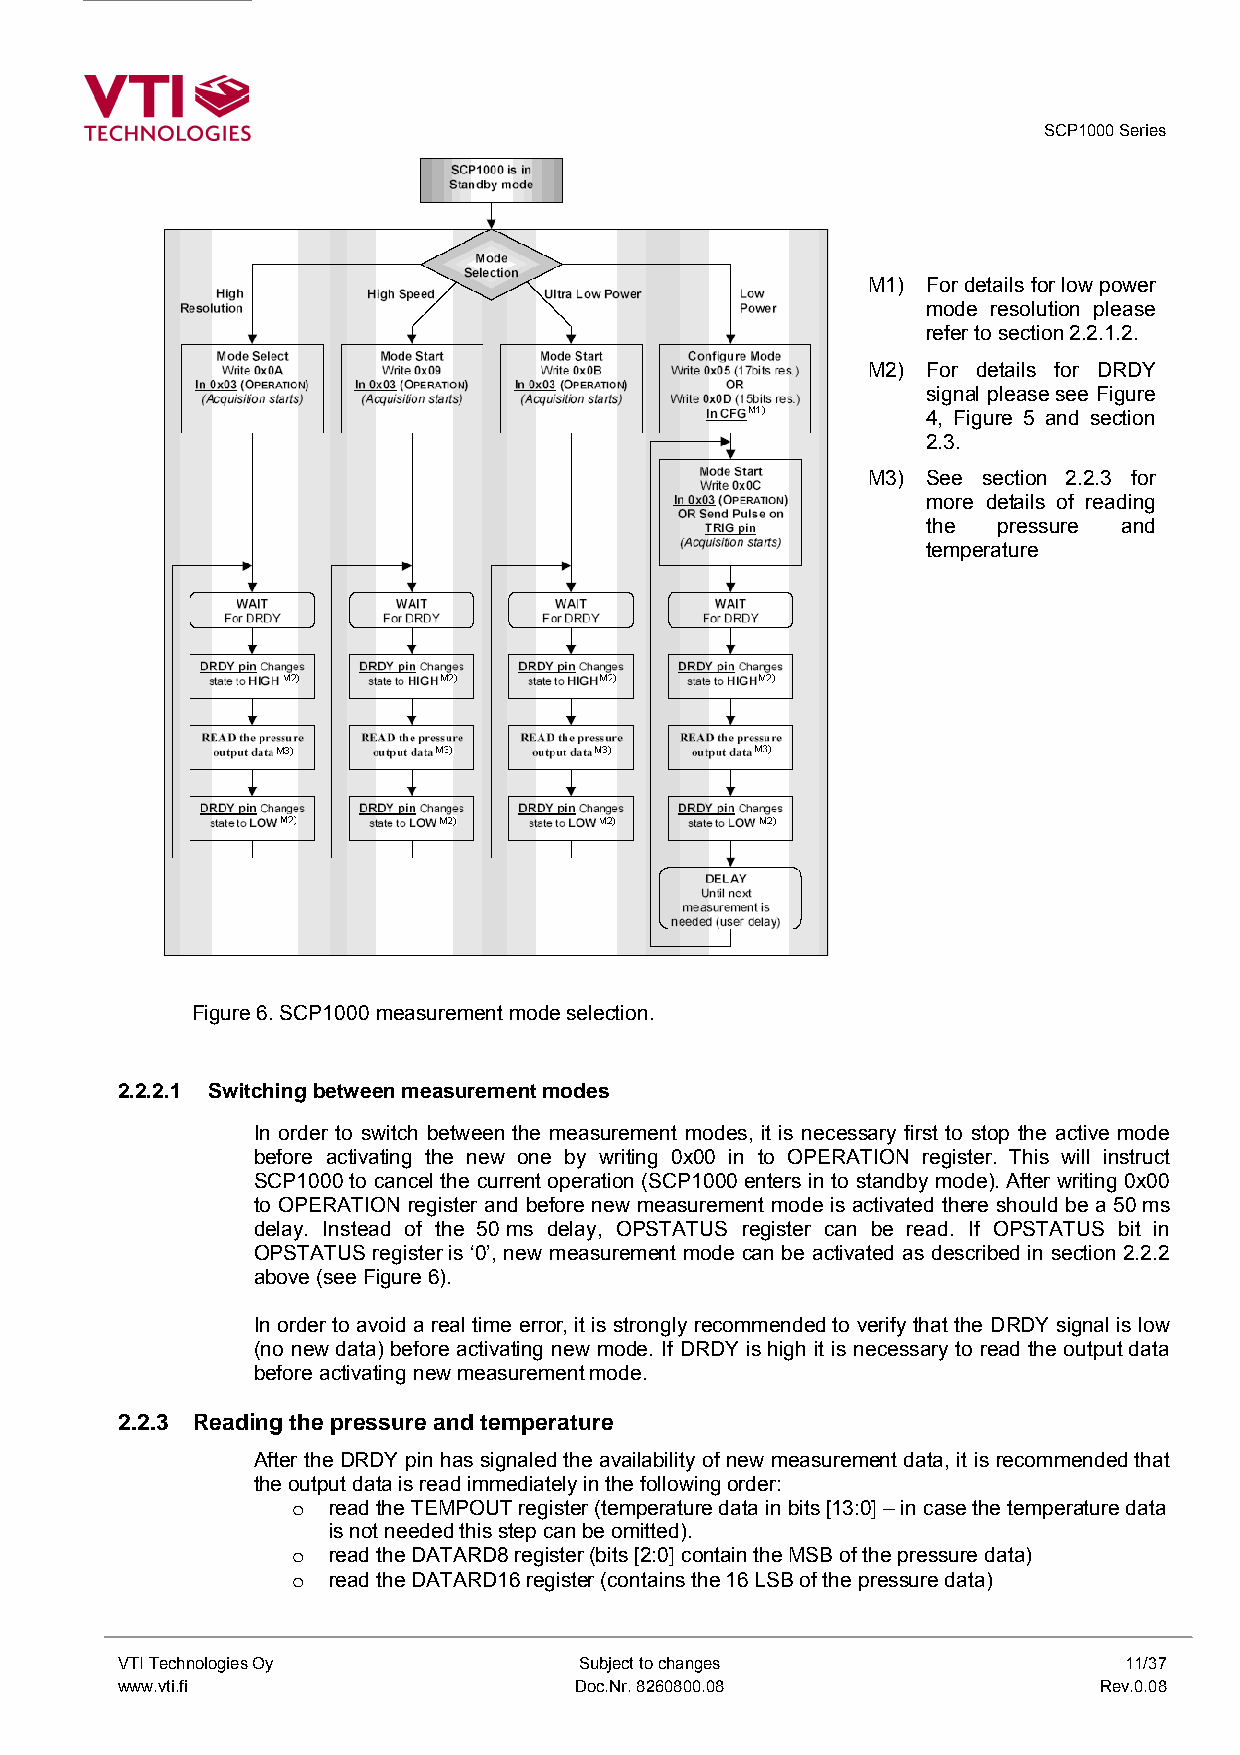
SCP1000 Series
 M1) For details for low power
 mode resolution please
 refer to section 2.2.1.2.
 M2) For details for DRDY
 signal please see Figure
 4, Figure 5 and section
 2.3.
 M3) See section 2.2.3 for
 more details of reading
 the  pressure and
 temperature
 Figure 6. SCP1000 measurement mode selection.
 2.2.2.1 Switching between measurement modes
 In order to switch between the measurement modes, it is necessary first to stop the active mode
 before activating the new one by writing 0x00 in to OPERATION register. This will instruct
 SCP1000 to cancel the current operation (SCP1000 enters in to standby mode). After writing 0x00
 to OPERATION register and before new measurement mode is activated there should be a 50 ms
 delay. Instead of the 50 ms delay, OPSTATUS register can be read. If OPSTATUS bit in
 OPSTATUS register is ‘0’, new measurement mode can be activated as described in section 2.2.2
 above (see Figure 6).
 In order to avoid a real time error, it is strongly recommended to verify that the DRDY signal is low
 (no new data) before activating new mode. If DRDY is high it is necessary to read the output data
 before activating new measurement mode.
 2.2.3 Reading the pressure and temperature
 After the DRDY pin has signaled the availability of new measurement data, it is recommended that
 the output data is read immediately in the following order:
 o  read the TEMPOUT register (temperature data in bits [13:0] – in case the temperature data
 is not needed this step can be omitted).
 o  read the DATARD8 register (bits [2:0] contain the MSB of the pressure data)
 o  read the DATARD16 register (contains the 16 LSB of the pressure data)
 VTI Technologies Oy           Subject to changes                  11/37
 www.vti.fi                    Doc.Nr. 8260800.08                 Rev.0.08